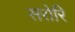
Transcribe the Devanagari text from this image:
सरोरि